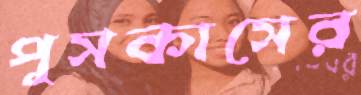
পুসকাসের